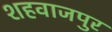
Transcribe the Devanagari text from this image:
शहवाजपुर